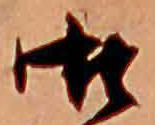
御